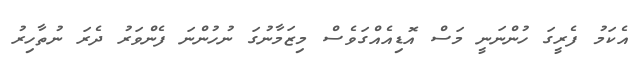
އެކަމު ފެރީގަ ހުންނަނީ މަސް އޮޑިއެއްގަވެސް މިޒަމާނުގަ ނުހުންނަ ފެންވަރު ދެރަ ނުތާހިރު